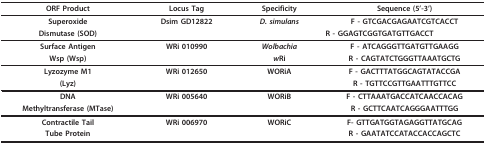
| ORF Product | Locus Tag | Specificity | Sequence (5'-3') |
 | --- | --- | --- | --- |
 | Superoxide | Dsim GD12822 | D. simulans | F - GTCGACGAGAATCGTCACCT |
 | Dismutase (SOD) |  |  | R - GGAGTCGGTGATGTTGACCT |
 | Surface Antigen | WRi 010990 | Wolbachia | F - ATCAGGGTTGATGTTGAAGG |
 | Wsp (Wsp) |  | wRi | R - CAGTATCTGGGTTAAATGCTG |
 | Lyzozyme M1 | WRi 012650 | WORiA | F - GACTTTATGGCAGTATACCGA |
 | (Lyz) |  |  | R - TGTTCCGTTGAATTTGTTCC |
 | DNA | WRi 005640 | WORiB | F - CTTAAATGACCATCAACCACAG |
 | Methyltransferase (MTase) |  |  | R - GCTTCAATCAGGGAATTTGG |
 | Contractile Tail | WRi 006970 | WORiC | F- GTTGATGGTAGAGGTTATGCAG |
 | Tube Protein |  |  | R - GAATATCCATACCACCAGCTC |